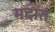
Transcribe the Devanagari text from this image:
मदात